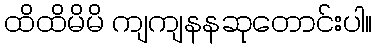
ထိထိမိမိ ကျကျနနဆုတောင်းပါ။